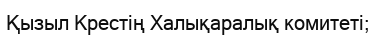
Қызыл Крестің Халықаралық комитеті;